Insane asylums in Bengal annual reports 1876-1887 - 1876-1887
Year: 1876
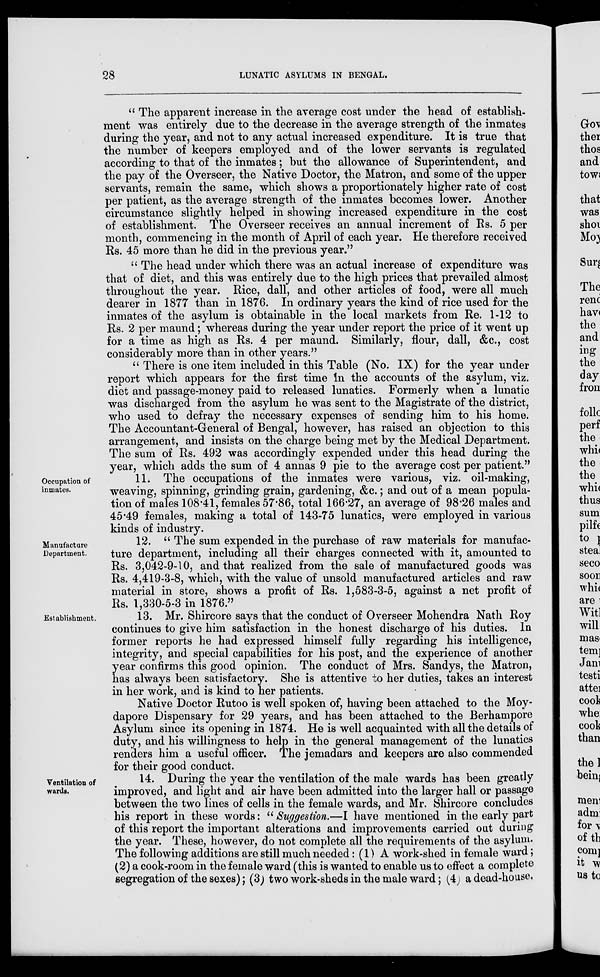
28
LUNATIC ASYLUMS IN BENGAL.
" The apparent increase in the average cost under the head of establish-
ment was entirely due to the decrease in the average strength of the inmates
during the year, and not to any actual increased expenditure. It is true that
the number of keepers employed and of the lower servants is regulated
according to that of the inmates; but the allowance of Superintendent, and
the pay of the Overseer, the Native Doctor, the Matron, and some of the upper
servants, remain the same, which shows a proportionately higher rate of cost
per patient, as the average strength of the inmates becomes lower. Another
circumstance slightly helped in showing increased expenditure in the cost
of establishment. The Overseer receives an annual increment of Rs. 5 per
month, commencing in the month of April of each year. He therefore received
Rs. 45 more than he did in the previous year."
" The head under which there was an actual increase of expenditure was
that of diet, and this was entirely due to the high prices that prevailed almost
throughout the year. Rice, dall, and other articles of food, were all much
dearer in 1877 than in 1876. In ordinary years the kind of rice used for the
inmates of the asylum is obtainable in the local markets from Re. 1-12 to
Rs. 2 per maund; whereas during the year under report the price of it went up
for a time as high as Rs. 4 per maund. Similarly, flour, dall, &c., cost
considerably more than in other years."
" There is one item included in this Table (No. IX) for the year under
report which appears for the first time In the accounts of the asylum, viz.
diet and passage-money paid to released lunatics. Formerly when a lunatic
was discharged from the asylum he was sent to the Magistrate of the district,
who used to defray the necessary expenses of sending him to his home.
The Accountant-General of Bengal, however, has raised an objection to this
arrangement, and insists on the charge being met by the Medical Department.
The sum of Rs. 492 was accordingly expended under this head during the
year, which adds the sum of 4 annas 9 pie to the average cost per patient."
Occupation of
inmates.
11. The occupations of the inmates were various, viz. oil-making,
weaving, spinning, grinding grain, gardening, &c.; and out of a mean popula-
tion of males 108.41, females 57.86, total 166.27, an average of 98.26 males and
45.49 females, making a total of 143-75 lunatics, were employed in various
kinds of industry.
Manufacture
Department.
12. " The sum expended in the purchase of raw materials for manufac-
ture department, including all their charges connected with it, amounted to
Rs. 3,042-9-10, and that realized from the sale of manufactured goods was
Rs. 4,419-3-8, which, with the value of unsold manufactured articles and raw
material in store, shows a profit of Rs. 1,583-3-5, against a net profit of
Rs. 1,330-5-3 in 1876."
Establishment.
13. Mr. Shircore says that the conduct of Overseer Mohendra Nath Roy
continues to give him satisfaction in the honest discharge of his duties. In
former reports he had expressed himself fully regarding his intelligence,
integrity, and special capabilities for his post, and the experience of another
year confirms this good opinion. The conduct of Mrs. Sandys, the Matron,
has always been satisfactory. She is attentive to her duties, takes an interest
in her work, and is kind to her patients.
Native Doctor Rutoo is well spoken of, having been attached to the Moy-
dapore Dispensary for 29 years, and has been attached to the Berhampore
Asylum since its opening in 1874. He is well acquainted with all the details of
duty, and his willingness to help in the general management of the lunatics
renders him a useful officer. The jemadars and keepers are also commended
for their good conduct.
Ventilation of
wards.
14. During the year the ventilation of the male wards has been greatly
improved, and light and air have been admitted into the larger hall or passage
between the two lines of cells in the female wards, and Mr. Shircore concludes
his report in these words: "Suggestion.—I have mentioned in the early part
of this report the important alterations and improvements carried out during
the year. These, however, do not complete all the requirements of the asylum.
The following additions are still much needed: (1) A work-shed in female ward;
(2) a cook-room in the female ward (this is wanted to enable us to effect a complete
segregation of the sexes); (3) two work-sheds in the male ward; (4) a dead-house.